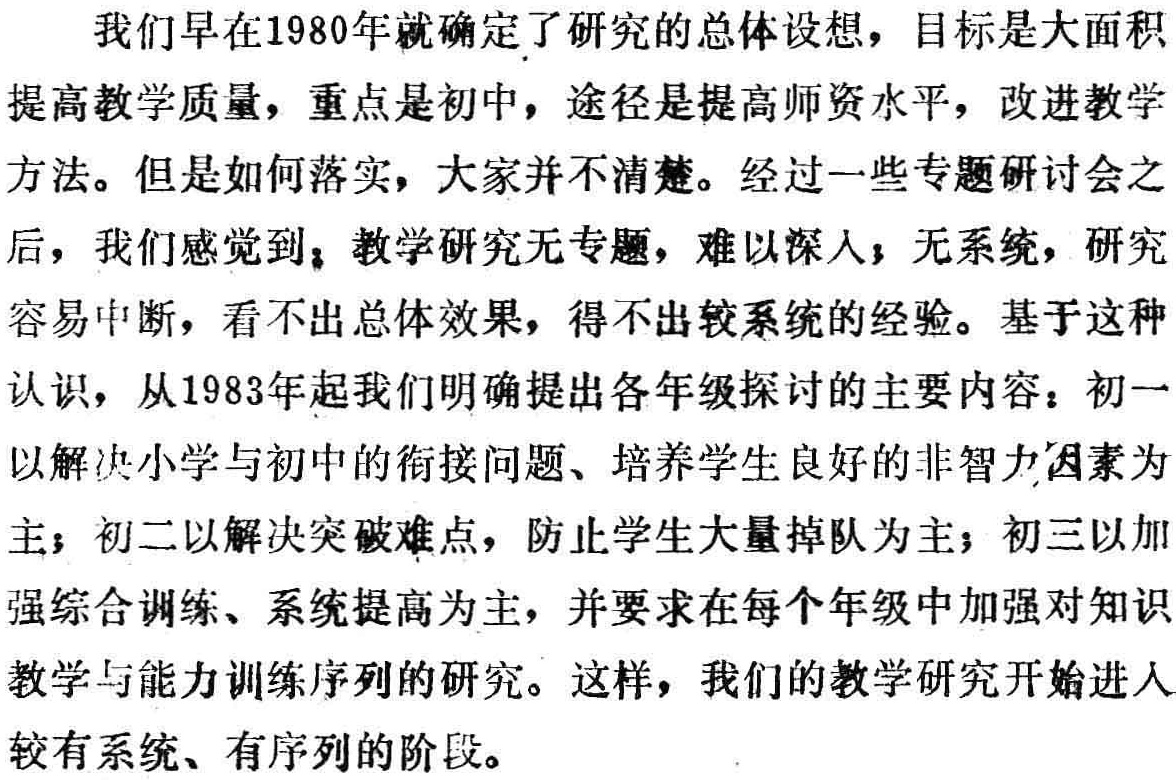
我们早在1980年就确定了研究的总体设想，目标是大面积提高教学质量，重点是初中，途径是提高师资水平，改进教学方法。但是如何落实，大家并不清楚。经过一些专题研讨会之后，我们感觉到，教学研究无专题，难以深人；无系统，研究容易中断，看不出总体效果，得不出较系统的经验。基于这种认识，从1983年起我们明确提出各年级探讨的主要内容：初一以解决小学与初中的衔接问题、培养学生良好的非智力因素为主；初二以解决突破难点，防止学生大量掉队为主；初三以加强综合训练、系统提高为主，并要求在每个年级中加强对知识教学与能力训练序列的研究。这样，我们的教学研究开始进人较有系统、有序列的阶段。